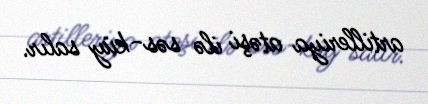
artilleriya atəşi ilə səs-küy salır.